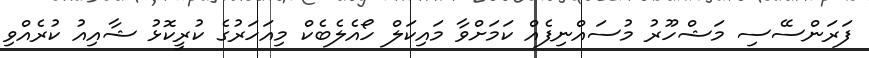
ފަރަންސޭސި މަޝްހޫރު މުސައްނިފެއް ކަމަށްވާ މައިކަލް ހޯއެލެބެކް މިއަހަރުގެ ކުރީކޮޅު ޝާއިއު ކުރެއްވި